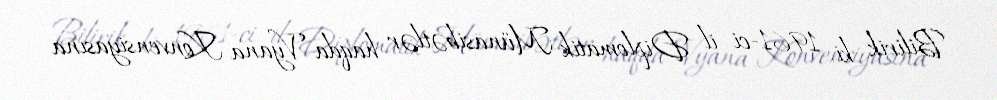
Bilirik ki, 1961-ci il Diplomatik Münasibətlər haqda Vyana Konvensiyasına